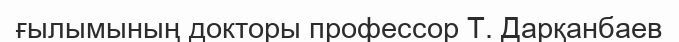
ғылымының докторы профессор Т. Дарқанбаев